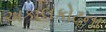
અકાલકોટના